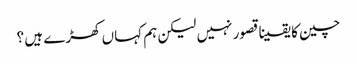
چین کا یقینا قصور نہیں لیکن ہم کہاں کھڑے ہیں ؟